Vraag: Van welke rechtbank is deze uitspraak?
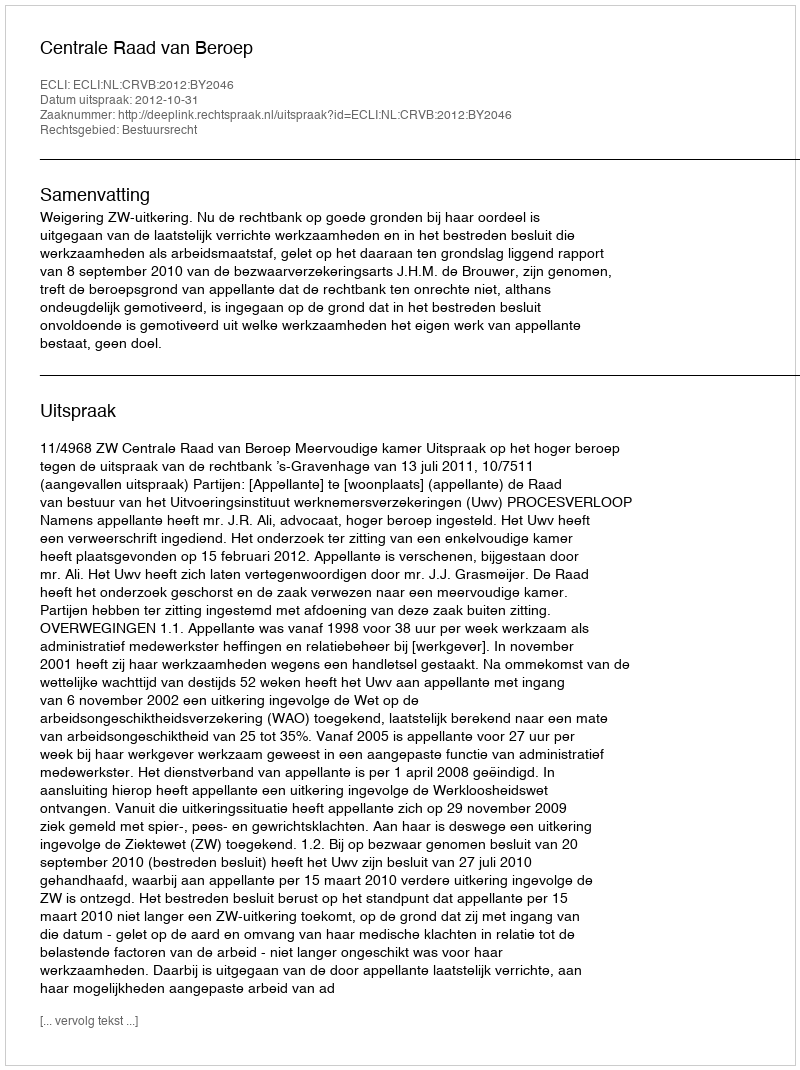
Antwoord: Centrale Raad van Beroep